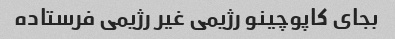
بجای کاپوچینو رژیمی غیر رژیمی فرستاده